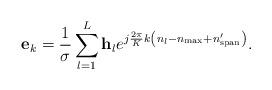
LaTeX: \begin{align*} {{\bf{e}}_k} = \frac{1}{{ \sigma }}\sum\limits_{l = 1}^L {{{\bf{h}}_l}{e^{j\frac{{2\pi }}{K}k\left( {{n_l} - {n_{\max }} + {n'_{{\rm{span}}}}} \right)}}}. \end{align*}